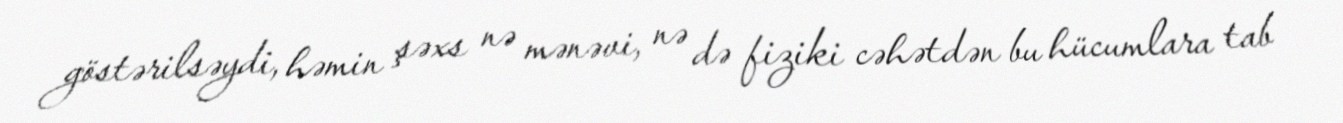
göstərilsəydi, həmin şəxs nə mənəvi, nə də fiziki cəhətdən bu hücumlara tab